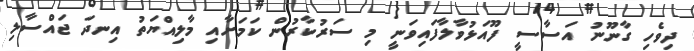
ދިވެހި ގާނޫނު އަސާސީ ފޫއަޅުވާލާފައިވަނީ މި ސަރުކާރުން ކަމަށާއި މާލިއްޔަތު އިނދަ ޖައްސާލި